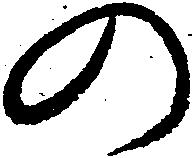
の